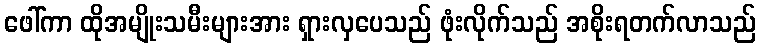
ဖေါ်ကာ ထိုအမျိုးသမီးများအား ရှားလှပေသည် ဖုံးလိုက်သည် အစိုးရတက်လာသည်